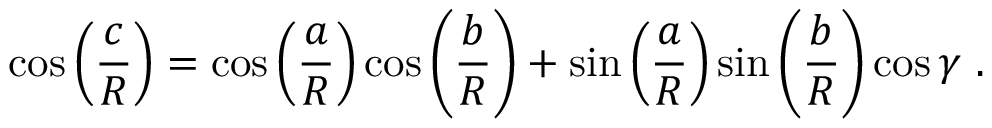
\cos \left( { \frac { c } { R } } \right) = \cos \left( { \frac { a } { R } } \right) \cos \left( { \frac { b } { R } } \right) + \sin \left( { \frac { a } { R } } \right) \sin \left( { \frac { b } { R } } \right) \cos \gamma \ .